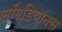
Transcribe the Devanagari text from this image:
सॉगडियानस